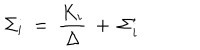
\Sigma _ { i } ~ = ~ \frac { K _ { i } } { \Delta } ~ + ~ \Sigma _ { i } ^ { \prime }